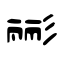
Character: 彨